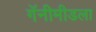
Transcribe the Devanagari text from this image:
गॅनीमीडला